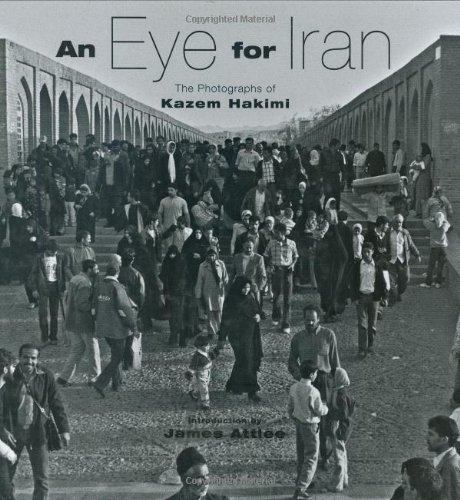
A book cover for An Eye for Iran; Kazem Hakimi; Travel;